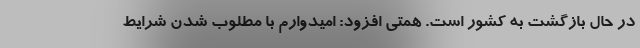
در حال بازگشت به کشور است. همتی افزود: امیدوارم با مطلوب شدن شرایط